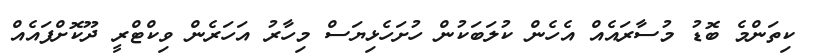
ކިތަންމެ ބޮޑު މުސާރައެއް އެހެން ކުލަބަކުން ހުށަހެޅިޔަސް މިހާރު އަހަރެން ވިކްޓްރީ ދޫކޮށްފައެއް